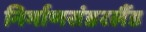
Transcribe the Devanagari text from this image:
निर्माणसंडरलैंड